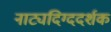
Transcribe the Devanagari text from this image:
नाट्यदिग्ददर्शक